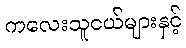
ကလေးသူငယ်များနှင့်